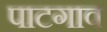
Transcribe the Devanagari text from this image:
पाटगाव